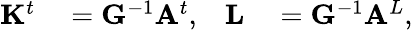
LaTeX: \begin{array}{rlrl}{\mathbf{K}^{t}}&{{}=\mathbf{G}^{-1}\mathbf{A}^{t},}&{\mathbf{L}}&{{}=\mathbf{G}^{-1}\mathbf{A}^{L},}\end{array}